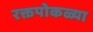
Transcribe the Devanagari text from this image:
रक्तपोकळ्या